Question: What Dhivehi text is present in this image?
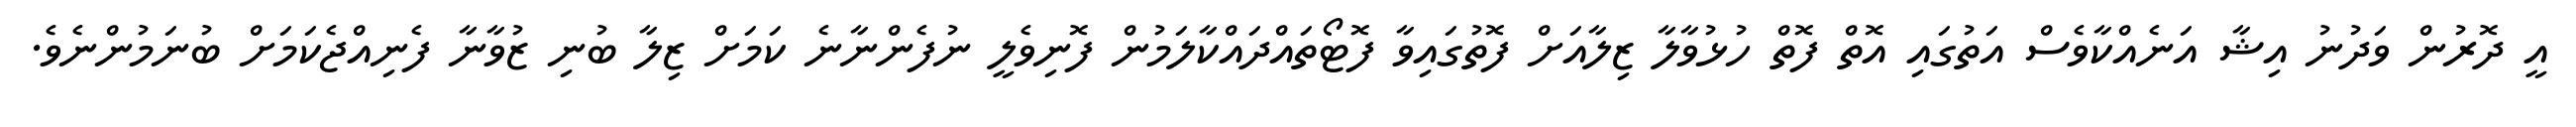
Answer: އީ ދޮރުން ވަދުނު އިޝާ އަނެއްކާވެސް އަތުގައި އޮތް ފޮތް ހުޅުވާލާ ޒިލާއަށް ފޮތުގައިވާ ފޮޓޯތައްދައްކާލަމުން ފޮނިވެލީ ނުފެންނާނެ ކަމަށް ޒިލާ ބުނި ޒުވާނާ ފެނިއްޖެކަމަށް ބުނަމުންނެވެ.